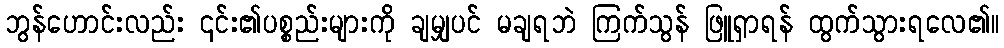
ဘွန်ဟောင်းလည်း ၎င်း၏ပစ္စည်းများကို ချမျှပင် မချရဘဲ ကြက်သွန် ဖြူရှာရန် ထွက်သွားရလေ၏။